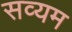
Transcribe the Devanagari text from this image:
सव्यम